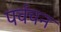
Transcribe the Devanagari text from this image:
पर्वचन